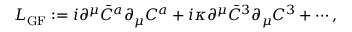
{ \cal L } _ { \mathrm { G F } } : = i \partial ^ { \mu } \bar { C } ^ { a } \partial _ { \mu } C ^ { a } + i \kappa \partial ^ { \mu } \bar { C } ^ { 3 } \partial _ { \mu } C ^ { 3 } + \cdots ,